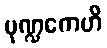
မုဏ္ဍကေဟိ